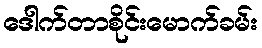
ဒေါက်တာစိုင်းမောက်ခမ်း